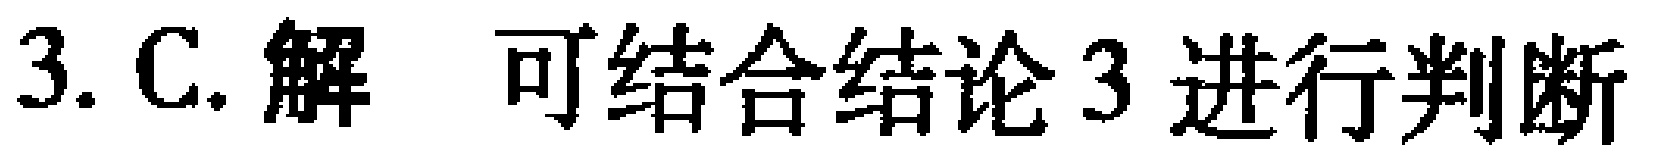
3. C. 解 可结合结论3进行判断